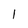
Character: 1